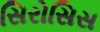
સિરોસિસ